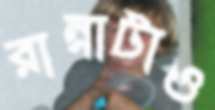
রান্নাটাও